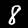
Label: 8